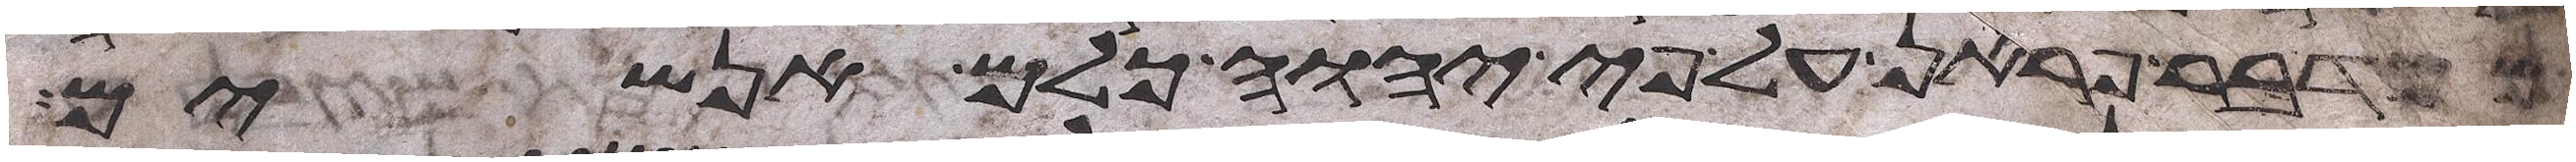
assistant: ממדבר פראן על פי יהוה כלם אנשים